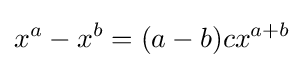
x^{a}-x^{b}=(a-b)cx^{a+b}